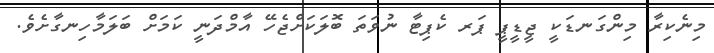
މިނެކިރާ މިންގަނޑަކީ ޖީޑީޕީ ޕަރ ކެޕިޓާ ނުވަތަ ބޮލަކަށްޖެހޭ އާމްދަނީ ކަމަށް ބަލަމާހިނގާށެވެ.